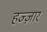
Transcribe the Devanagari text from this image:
हज्ज़ार